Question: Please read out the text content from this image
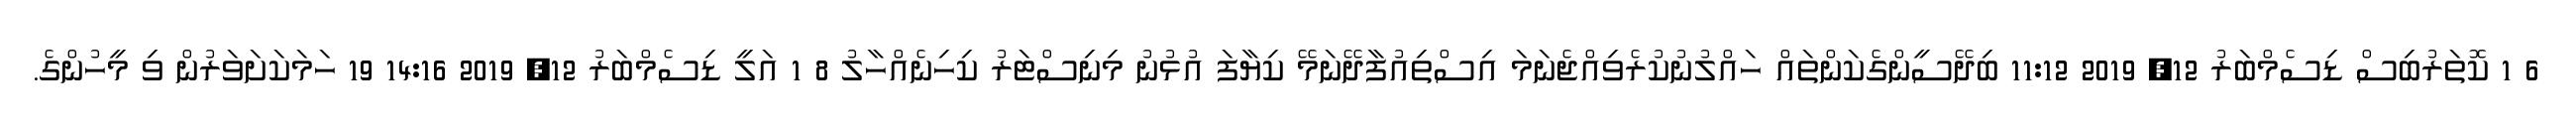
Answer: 6 1 ކޮތަރުބިސް ޑިސެމްބަރު 12, 2019 11:12 ބިދޭސީންގެކަންތައް ހައްލުނުކުރެވިއްޖެނަމަ އިސްތިއުފާދޭނަމޭ ކިޔާފަ އުޅުނު މިނިސްޓަރު ކިހިނެއްހާލު 8 1 އަލީ ޑިސެމްބަރު 12, 2019 14:16 19 ހަމަކަށަވަރުން ވި މީހުންގެ.